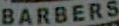
BARBERS